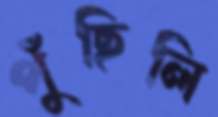
পুঁছিলি